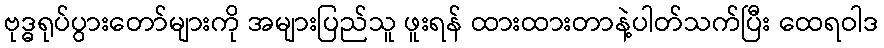
ဗုဒ္ဓရုပ်ပွားတော်များကို အများပြည်သူ ဖူးရန် ထားထားတာနဲ့ပါတ်သက်ပြီး ထေရဝါဒ